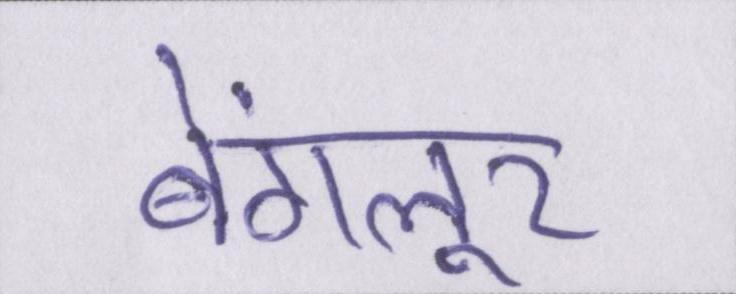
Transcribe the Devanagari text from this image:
बेंगलूर